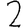
Digit: 2